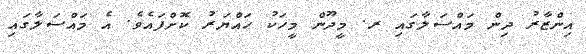
އިންޒާރު ދިން މައްސަލާގައި ރ. މީދޫން މީހަކު ހައްޔަރު ކޮށްފައެވެ. އެ މައްސަލާގައި